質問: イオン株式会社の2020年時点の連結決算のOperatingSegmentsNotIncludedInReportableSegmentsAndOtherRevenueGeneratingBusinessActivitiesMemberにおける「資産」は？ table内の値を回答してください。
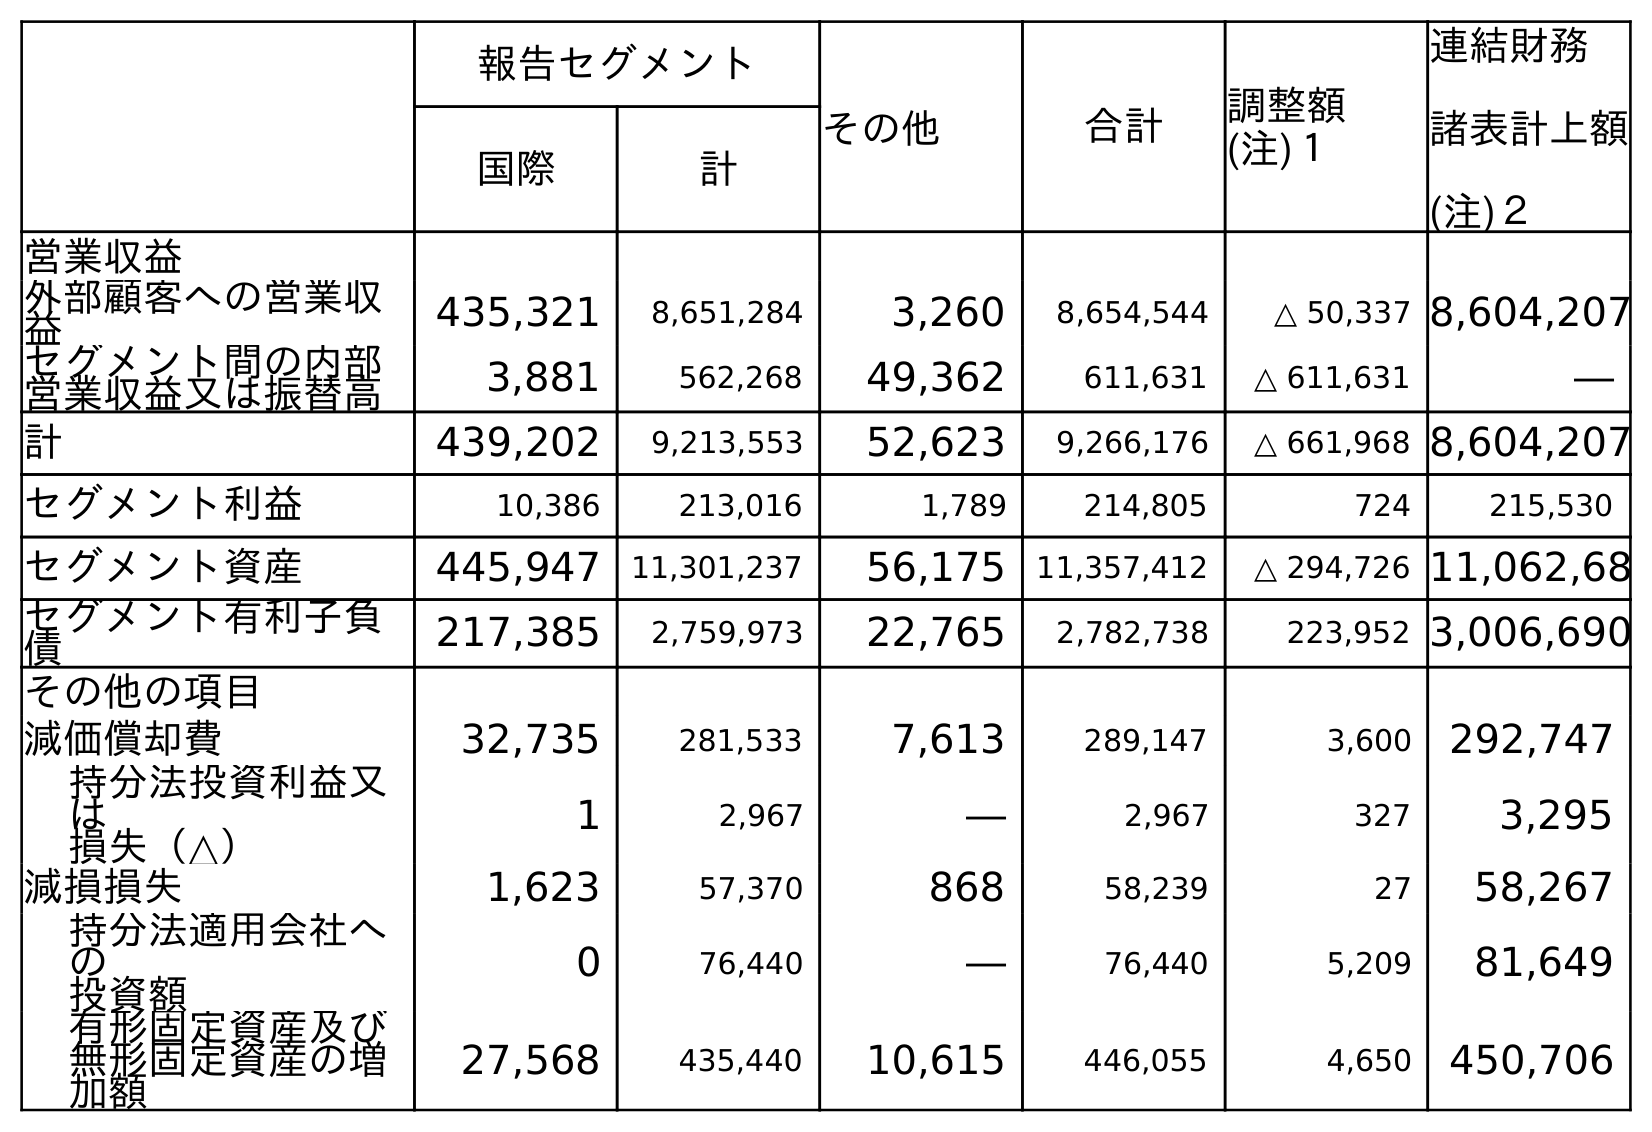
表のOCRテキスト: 報告セグメント その他 合計 調整額 (注)１ 連結財務 諸表計上額 (注)２ 国際 計 営業収益 外部顧客への営業収 益 435,321 8,651,284 3,260 8,654,544 △ 50,337 8,604,207 セグメント間の内部 営業収益又は振替高 3,881 562,268 49,362 611,631 △ 611,631 ― 計 439,202 9,213,553 52,623 9,266,176 △ 661,968 8,604,207 セグメント利益 10,386 213,016 1,789 214,805 724 215,530 セグメント資産 445,947 11,301,237 56,175 11,357,412 △ 294,726 11,062,68 セグメント有利子負 債 217,385 2,759,973 22,765 2,782,738 223,952 3,006,690 その他の項目 減価償却費 32,735 281,533 7,613 289,147 3,600 292,747 持分法投資利益又 は 損失（△） 1 2,967 ― 2,967 327 3,295 減損損失 1,623 57,370 868 58,239 27 58,267 持分法適用会社へ の 投資額 0 76,440 ― 76,440 5,209 81,649 有形固定資産及び 無形固定資産の増 加額 27,568 435,440 10,615 446,055 4,650 450,706
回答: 56,175